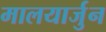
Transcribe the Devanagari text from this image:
मालयार्जुन